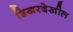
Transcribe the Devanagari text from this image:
शिखरदेखील